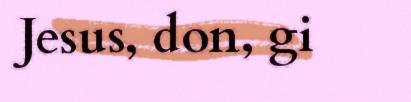
Jesus, don, gi